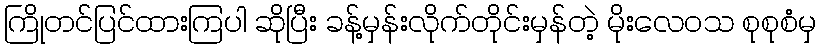
ကြိုတင်ပြင်ထားကြပါ ဆိုပြီး ခန့်မှန်းလိုက်တိုင်းမှန်တဲ့ မိုးလေဝသ စုစုစံမှ